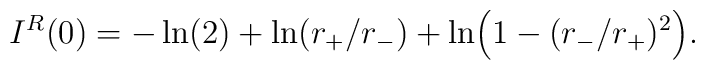
I^{R}(0)=-\ln(2)+\ln(r_{+}/r_{-})+\ln \Bigr(1-(r_{-}/r_{+})^{2}\Bigr) .